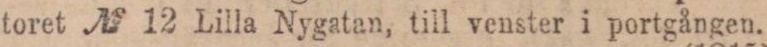
(Der var nenngen nagra personer forutom fet-